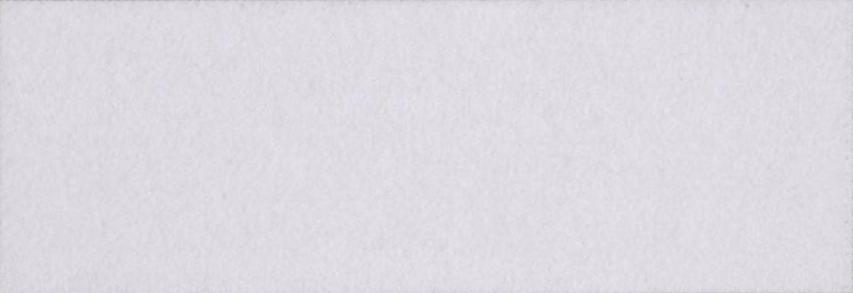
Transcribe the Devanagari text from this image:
डिवाइन